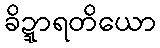
ခိဍ္ဍာရတိယော